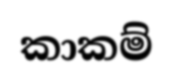
කාකම්